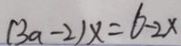
( 3 a - 2 ) x = 6 - 2 x